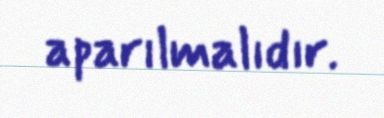
aparılmalıdır.